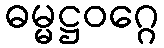
ဓမ္မဋ္ဌဝဂ္ဂေ